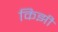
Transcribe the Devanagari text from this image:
किझी